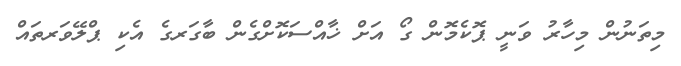
މިތަނުން މިހާރު ވަނީ ޕޮކެމޮން ގޯ އަށް ޚާއްސަކޮށްގެން ބާގަރގެ އެކި ޕްލޭވަރތައް